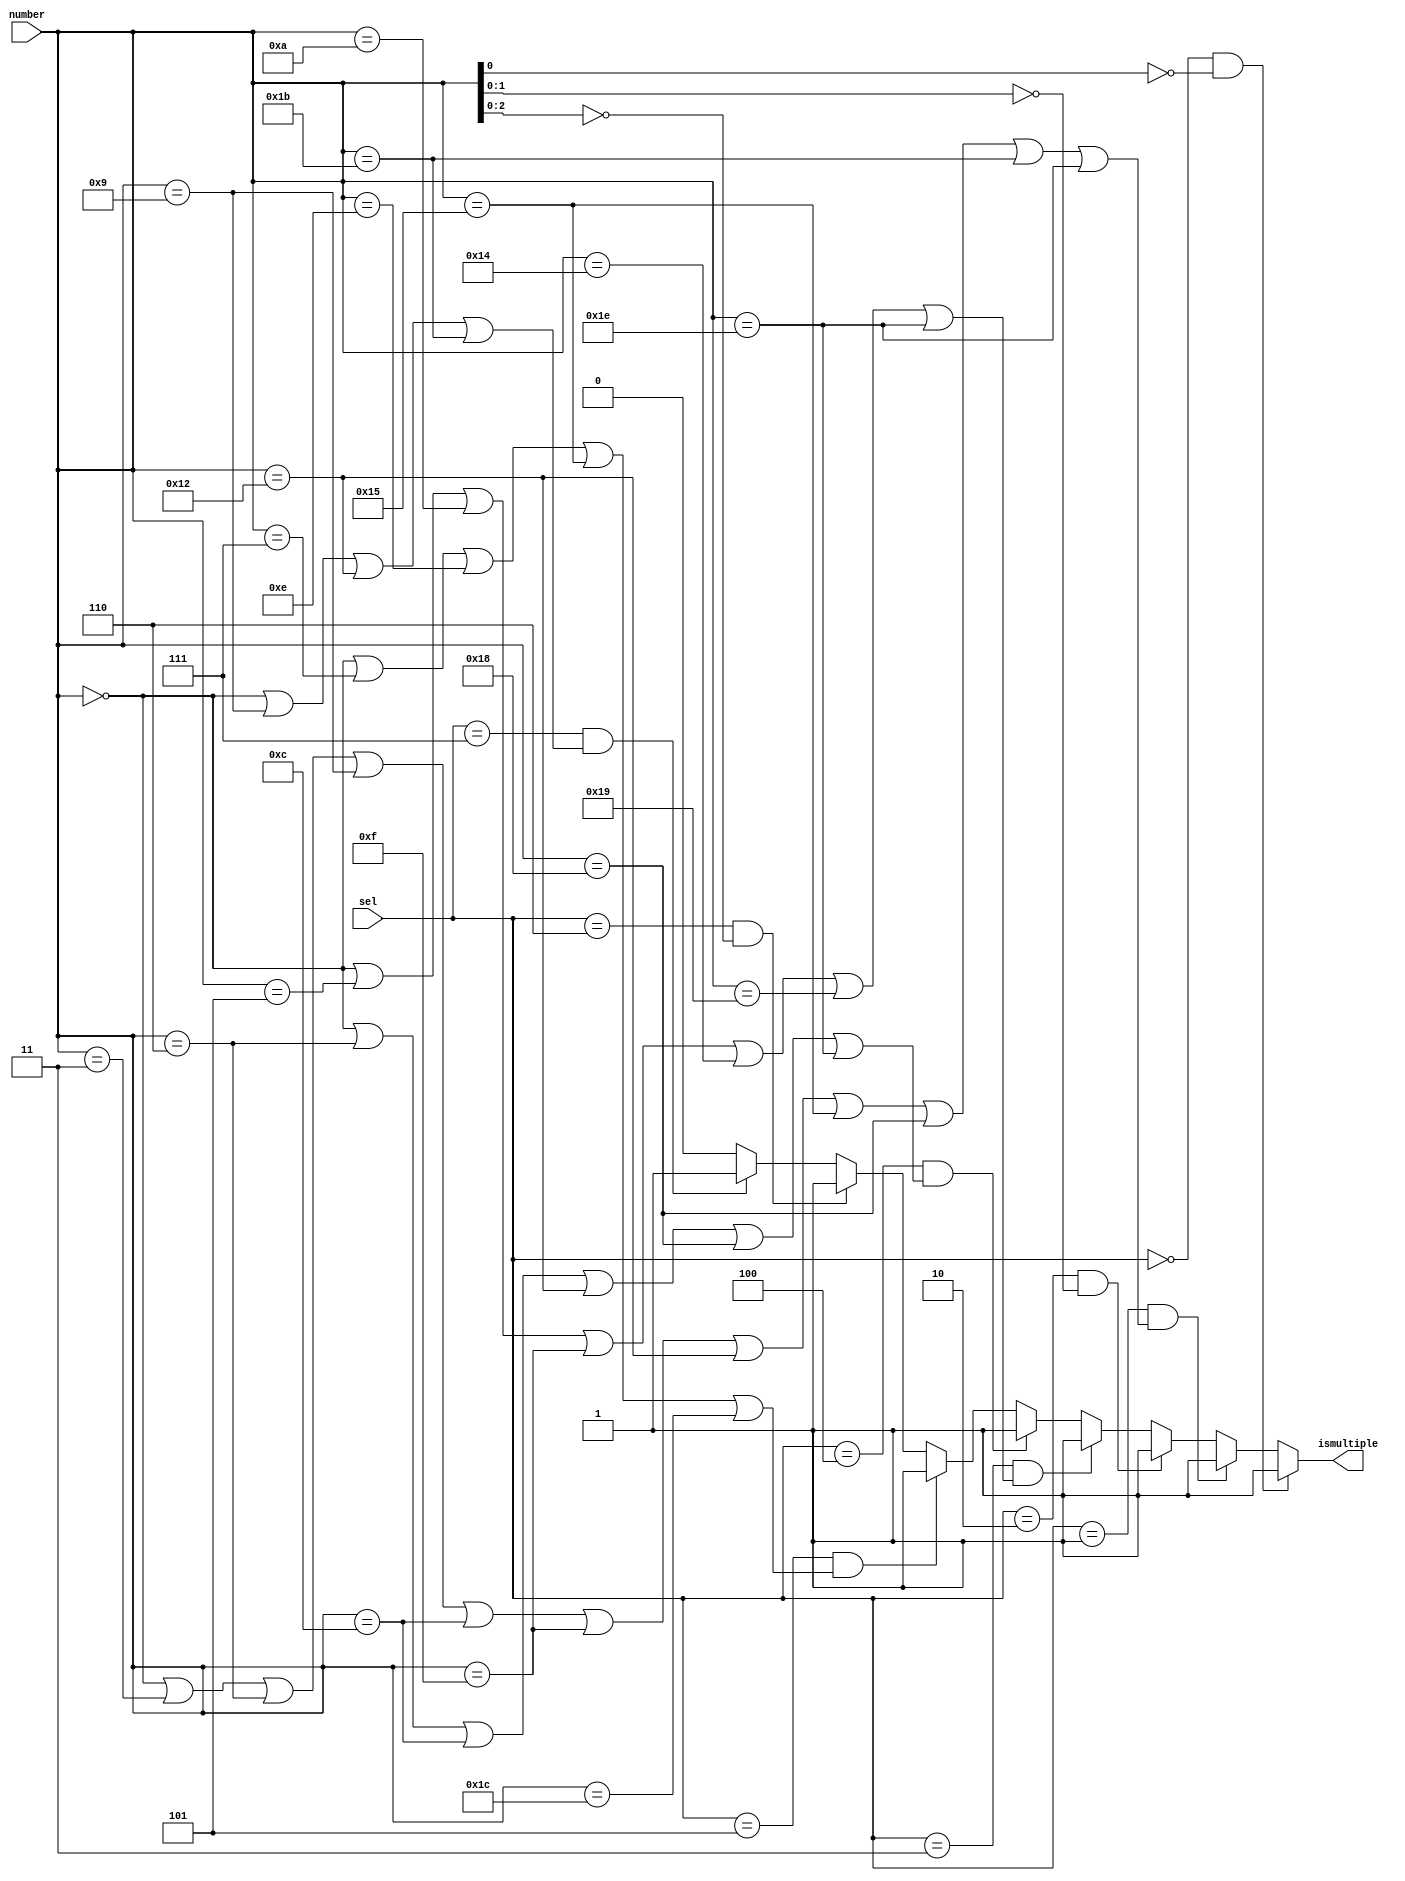
`timescale 1ns / 1ps
/*

Sel: (Encoding)
2 <- 000
3 <- 001
4 <- 010
5 <- 011
6 <- 100
7 <- 101
8 <- 110
9 <- 111

Number:
Convert decimal representation of any number from 0 to 31 (both inclusive) to 5-bit binary (a5,a4,a3,a2,a1,a0)
a5 is the MSB

ismultiple = 1, if Number (from 0 to 31 both inclusive) is multiple of the number represented by input Sel
ismultiple = 0, elsewhere

*/
module Lab_Assignment_1_Without_Decoder(sel,number,ismultiple);
input [2:0]sel;
input [4:0]number;
output reg ismultiple;
    always @ (*)
    begin
        if (sel == 3'b000 & number[0]==0) 
        begin ismultiple = 1; end
        
        else if (sel == 3'b001 & ((number == 5'b00000) | (number == 5'b00011) | (number == 5'b00110) | (number == 5'b01001) | (number == 5'b01100) | (number == 5'b01111) | (number == 5'b10010)
         | (number == 5'b10101) | (number == 5'b11000) | (number == 5'b11011) | (number == 5'b11110)))
        begin ismultiple = 1; end
        
        else if (sel == 3'b010 & (number[1:0] == 2'b00)) 
        begin ismultiple = 1; end
        
        else if (sel == 3'b011 & ((number == 5'b00000) | (number == 5'b00101) | (number == 5'b01010) | (number == 5'b01111) | (number == 5'b10100) | (number == 5'b11001) | (number == 5'b11110))) 
        begin ismultiple = 1; end
        
        else if (sel == 3'b100 & ((number == 5'b00000) | (number == 5'b00110) | (number == 5'b01100) | (number == 5'b10010) | (number == 5'b11000) | (number == 5'b11110)))
        begin ismultiple = 1; end
        
        else if (sel == 3'b101 & ((number == 5'b00000) | (number == 5'b00111) | (number == 5'b01110) | (number == 5'b10101) | (number == 5'b11100)))
        begin ismultiple = 1; end
        
        else if (sel == 3'b110 & (number[2:0] == 3'b000))
        begin ismultiple = 1; end
        
        else if (sel == 3'b111 & ((number == 5'b00000) | (number == 5'b01001) | (number == 5'b10010) | (number == 5'b11011)))
        begin ismultiple = 1; end
                
        else 
        begin ismultiple = 0; end
    end
endmodule